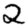
Digit: 2